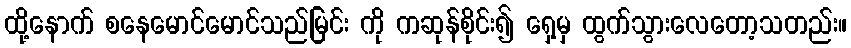
ထို့နောက် စနေမောင်မောင်သည်မြင်း ကို ကဆုန်စိုင်း၍ ရှေ့မှ ထွက်သွားလေတော့သတည်း။